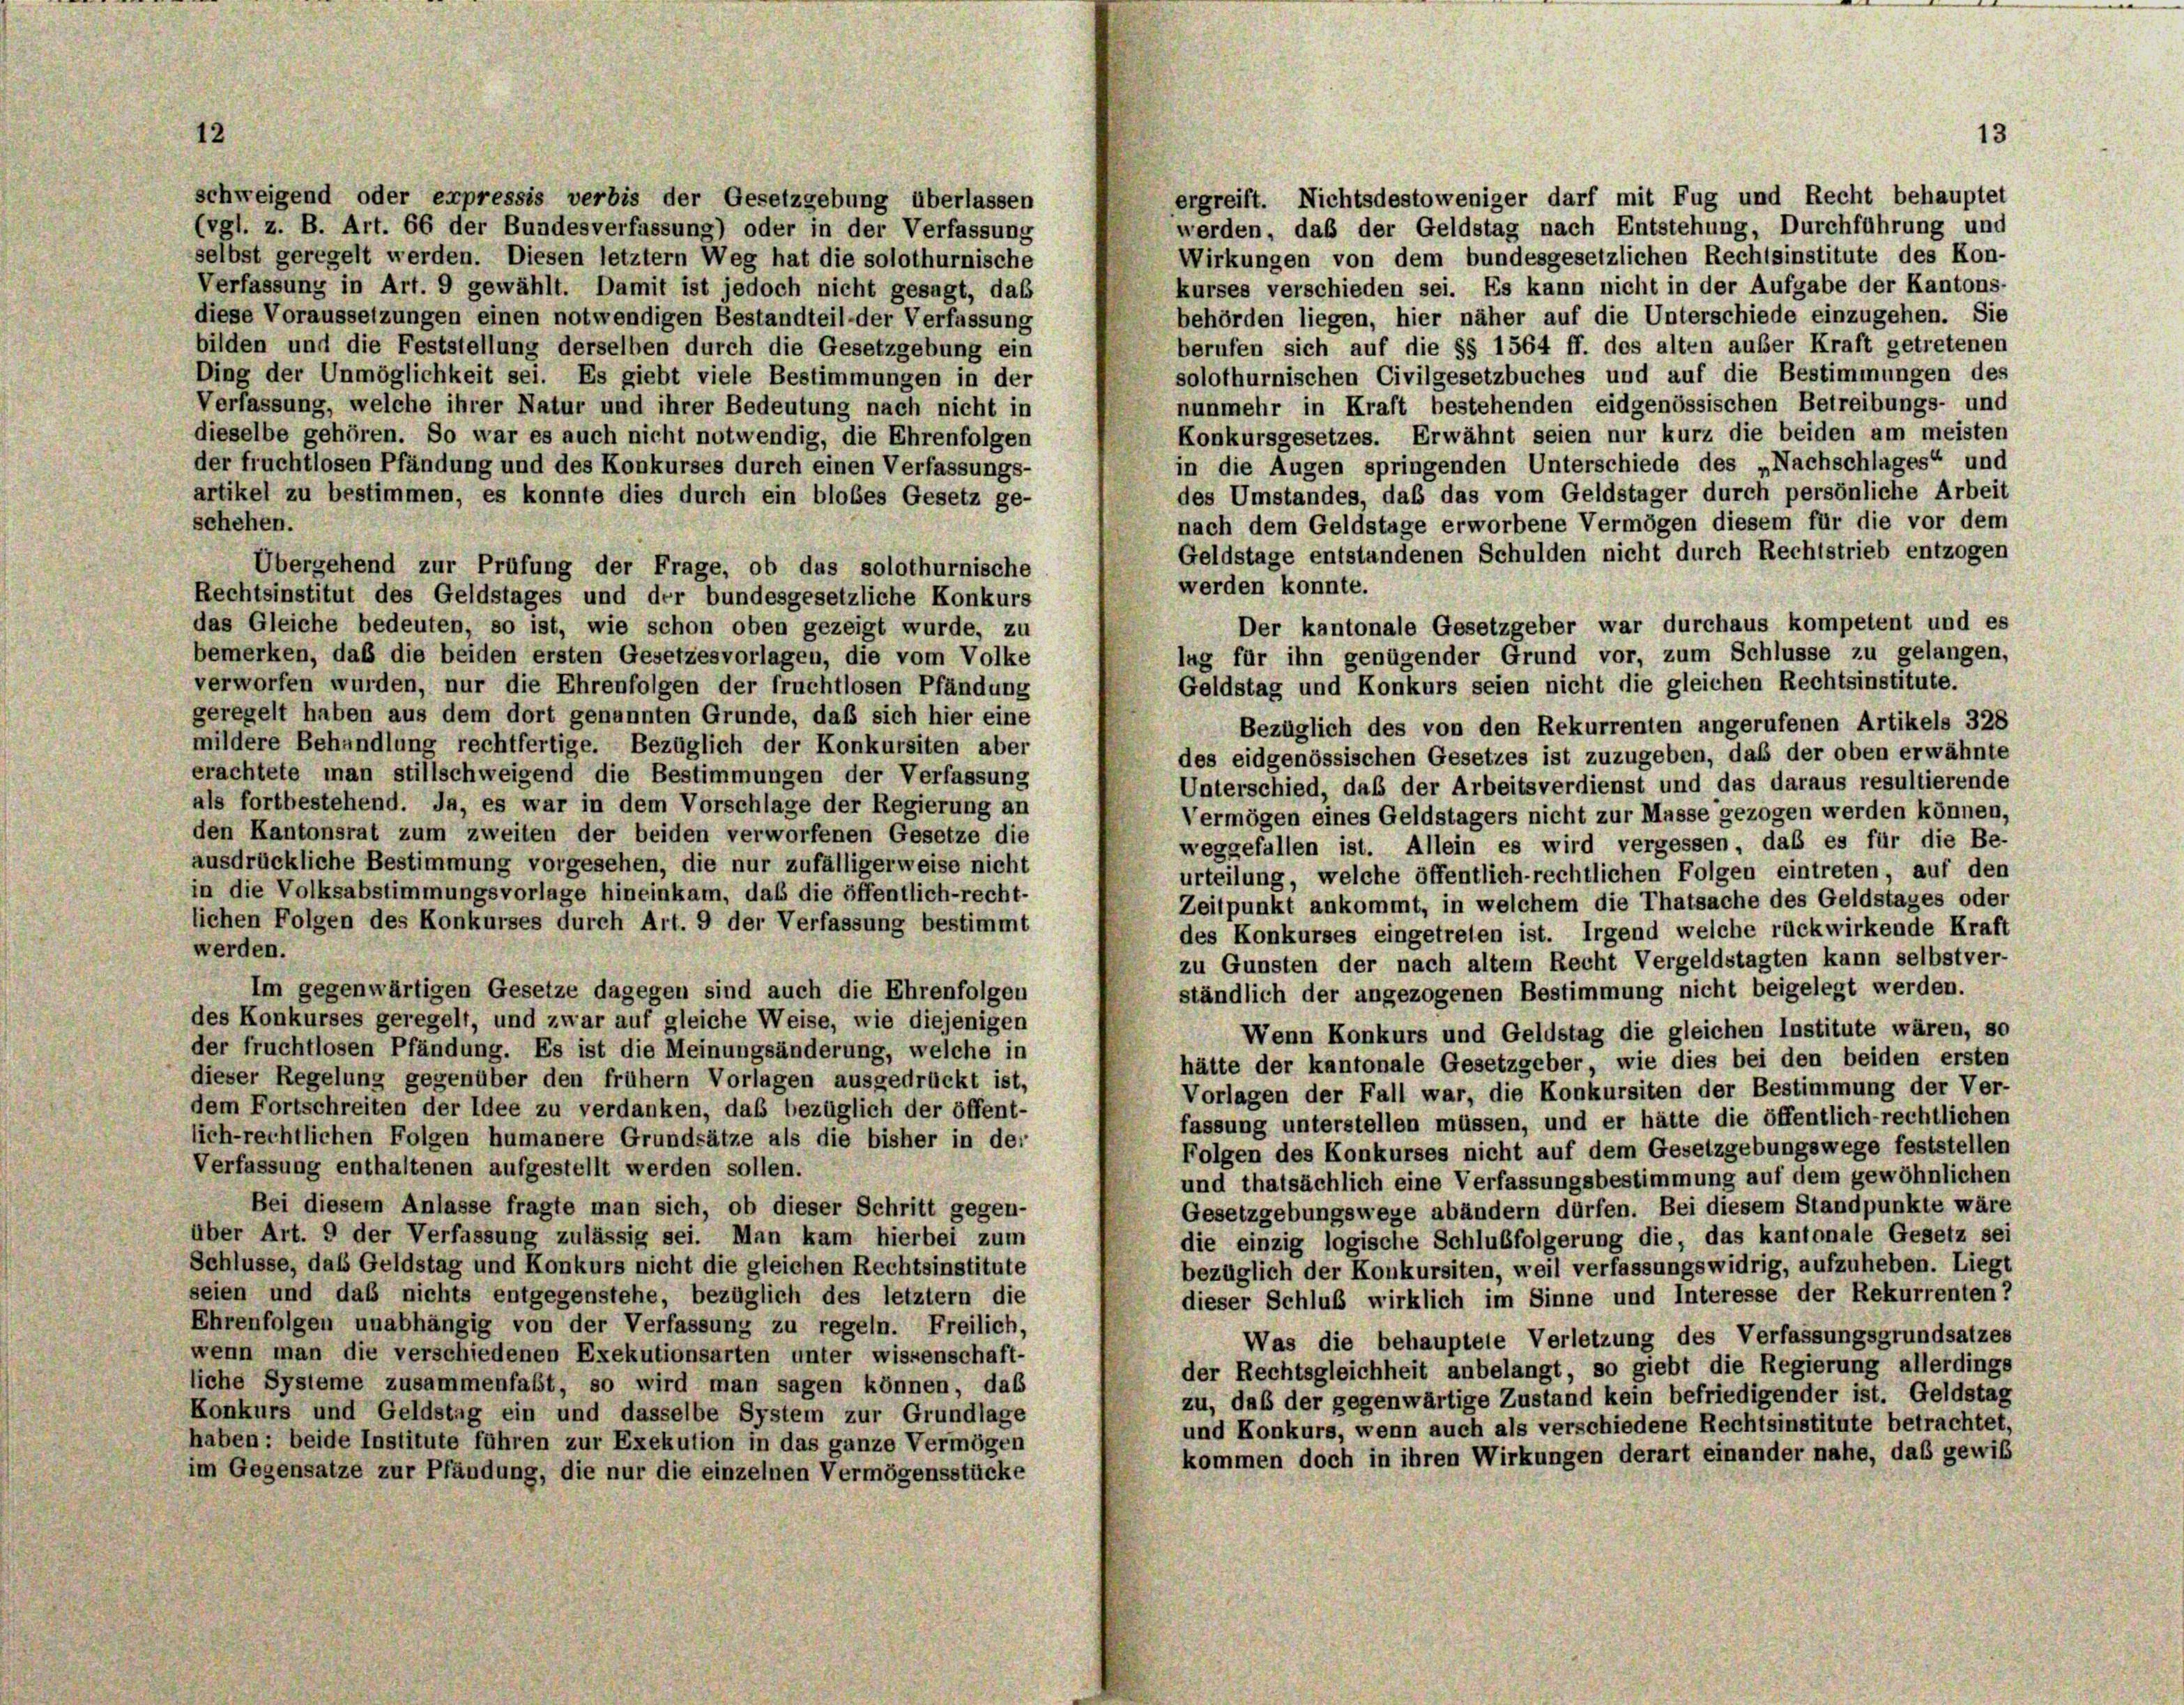
12

13

schweigend oder expressis verbis der Gesetzgebung überlassen
ergreift. Nichtsdestoweniger darf mit Fug und Recht behauptet
werden, daß der Geldstag nach Entstehung, Durchführung und
(vgl. z. B. Art. 66 der Bundesverfassung) oder in der Verfassung
Wirkungen von dem bundesgesetzlichen Rechtsinstitute des Kon-
selbst geregelt werden. Diesen letztem Weg hat die solothurnische
kurses verschieden sei. Es kann nicht in der Aufgabe der Kantons-
Verfassung in Art. 9 gewählt. Damit ist jedoch nicht gesagt, daß
behörden liegen, hier näher auf die Unterschiede einzugehen. Sie
diese Voraussetzungen einen notwendigen Bestandteil-der Verfassung
berufen sich auf die §§ 1564 ff. des alten außer Kraft getretenen
bilden und die Feststellung derselben durch die Gesetzgebung ein
solothurnischen Civilgesetzbuches und auf die Bestimmungen des
Ding der Unmöglichkeit sei. Es giebt viele Bestimmungen in der
nunmehr in Kraft bestehenden eidgenössischen Betreibungs- und
Verfassung, welche ihrer Natur und ihrer Bedeutung nach nicht in
Konkursgesetzes. Erwähnt seien nur kurz die beiden am meisten
dieselbe gehören. So war es auch nicht notwendig, die Ehrenfolgen
in die Augen springenden Unterschiede des „Nachschlages“ und
der fruchtlosen Pfändung und des Konkurses durch einen Verfassungs-
des Umstandes, daß das vom Geldstager durch persönliche Arbeit
artikel zu bestimmen, es konnte dies durch ein bloses Gesetz ge-
schehen.
nach dem Geldstage erworbene Vermögen diesem für die vor dem
Geldstage entstandenen Schulden nicht durch Rechtstrieb entzogen
Übergehend zur Prüfung der Frage, ob das solothurnische
werden konnte.
Rechtsinstitut des Geldstages und der bundesgesetzliche Konkurs
das Gleiche bedeuten, so ist, wie schon oben gezeigt wurde, zu
Der kantonale Gesetzgeber war durchaus kompetent und es
lug für ihn genügender Grund vor, zum Schlüsse zu gelangen,
bemerken, daß die beiden ersten Gesetzesvorlagen, die vom Volke
verworfen wurden, nur die Ehrenfolgen der fruchtlosen Pfändung
Geldstag und Konkurs seien nicht die gleichen Rechtsinstitute.
geregelt haben aus dem dort genannten Grunde, daß sich hier eine
Bezüglich des von den Rekurrenten angerufenen Artikels 328
mildere Behandlung rechtfertige. Bezüglich der Konkursiten aber
des eidgenössischen Gesetzes ist zuzugeben, daß der oben erwähnte
erachtete man stillschweigend die Bestimmungen der Verfassung
Unterschied, daß der Arbeitsverdienst und das daraus resultierende
als fortbestehend. Ja, es war in dem Vorschlage der Regierung an
Vermögen eines Geldstagers nicht zur Masse gezogen werden können,
den Kantonsrat zum zweiten der beiden verworfenen Gesetze die
weggefallen ist. Allein es wird vergessen, daß es für die Be-
ausdrückliche Bestimmung vorgesehen, die nur zufälligerweise nicht
urteilung, welche öffentlich-rechtlichen Folgen eintreten, auf den
in die Volksabstimmungsvorlage hineinkam, daß die öffentlich-recht-
Zeitpunkt ankommt, in welchem die Thatsache des Geldstages oder
lichen Folgen des Konkurses durch Art. 9 der Verfassung bestimmt
des Konkurses eingetreten ist. Irgend welche rückwirkende Kraft
werden.
zu Gunsten der nach altem Recht Vergeldstagten kann selbstver-
Im gegenwärtigen Gesetze dagegen sind auch die Ehrenfolgen
ständlich der angezogenen Bestimmung nicht beigelegt werden.
des Konkurses geregelt, und zwar auf gleiche Weise, wie diejenigen
Wenn Konkurs und Geldstag die gleichen Institute wären, so
der fruchtlosen Pfändung. Es ist die Meinungsänderung, welche in
hätte der kantonale Gesetzgeber, wie dies bei den beiden ersten
dieser Regelung gegenüber den frühem Vorlagen ausgedrückt ist,
Vorlagen der Fall war, die Konkursiten der Bestimmung der Ver-
dem Fortschreiten der Idee zu verdanken, das bezüglich der öffent-
fassung unterstellen müssen, und er hätte die öffentlich-rechtlichen
lich-rechtlichen Folgen humanere Grundsätze als die bisher in der
Folgen des Konkurses nicht auf dem Gesetzgebungswege feststellen
Verfassung enthaltenen aufgestellt werden sollen.
und thatsächlich eine Verfassungsbestimmung auf dem gewöhnlichen
Bei diesem Anlasse fragte man sich, ob dieser Schritt gegen-
Gesetzgebungswege abändern dürfen. Bei diesem Standpunkte wäre
über Art. 9 der Verfassung zulässig sei. Man kam hierbei zum
die einzig logische Schlußfolgerung die, das kantonale Gesetz sei
Schlüsse, das Geldstag und Konkurs nicht die gleichen Rechtsinstitute
bezüglich der Konkursiten, weil verfassungswidrig, aufzuheben. Liegt
seien und daß nichts entgegenstehe, bezüglich des letztem die
dieser Schluß wirklich im Sinne und Interesse der Rekurrenten?
Ehrenfolgen unabhängig von der Verfassung zu regeln. Freilich,
Was die behauptete Verletzung des Verfassungsgrundsatzes
wenn man die verschiedenen Exekutionsarten unter wissenschaft-
der Rechtsgleichheit anbelangt, so giebt die Regierung allerdings
liche Systeme zusammenfaßt, so wird man sagen können, daß
zu, daß der gegenwärtige Zustand kein befriedigender ist. Geldstag
Konkurs und Geldstag ein und dasselbe System zur Grundlage
und Konkurs, wenn auch als verschiedene Rechtsinstitute betrachtet,
haben: beide Institute führen zur Exekution in das ganze Vermögen
kommen doch in ihren Wirkungen derart einander nahe, das gewiß
im Gegensatze zur Pfändung, die nur die einzelnen Vermögensstücke